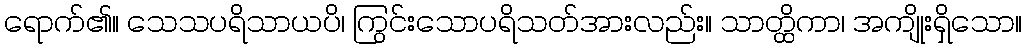
ရောက်၏။ သေသပရိသာယပိ၊ ကြွင်းသောပရိသတ်အားလည်း။ သာတ္ထိကာ၊ အကျိုးရှိသော။